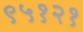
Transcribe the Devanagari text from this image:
९५१२१